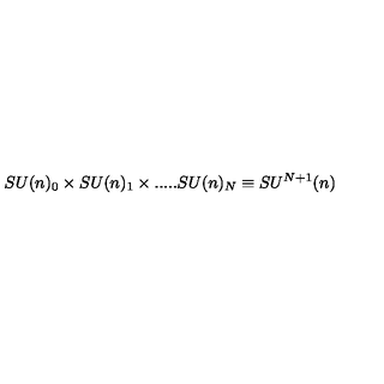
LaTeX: S U ( n ) _ { 0 } \times S U ( n ) _ { 1 } \times . . . . . S U ( n ) _ { N } \equiv S U ^ { N + 1 } ( n )